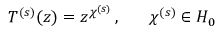
T ^ { ( s ) } ( z ) = z ^ { \chi ^ { ( s ) } } \, , ~ ~ ~ ~ ~ \chi ^ { ( s ) } \in { \cal H } _ { 0 }